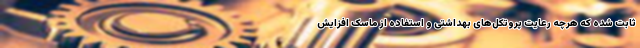
ثابت شده که هرچه رعایت پروتکل‌های بهداشتی و استفاده از ماسک افزایش